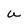
Character: U